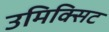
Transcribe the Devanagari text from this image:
उमिक्सिट